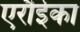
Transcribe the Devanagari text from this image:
एरौईका